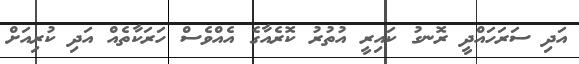
އަދި ސަރަހައްދީ ރޮނގު ކައިރީ އުތުރު ކޮރެއާގެ އެއްވެސް ހަރަކާތެއް އަދި ކުރިއަށް